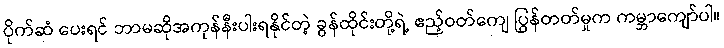
ပိုက်ဆံ ပေးရင် ဘာမဆိုအကုန်နီးပါးရနိုင်တဲ့ ခွန်ထိုင်းတို့ရဲ့ ဧည့်ဝတ်ကျေ ပြွန်တတ်မှုက ကမ္ဘာကျော်ပါ။